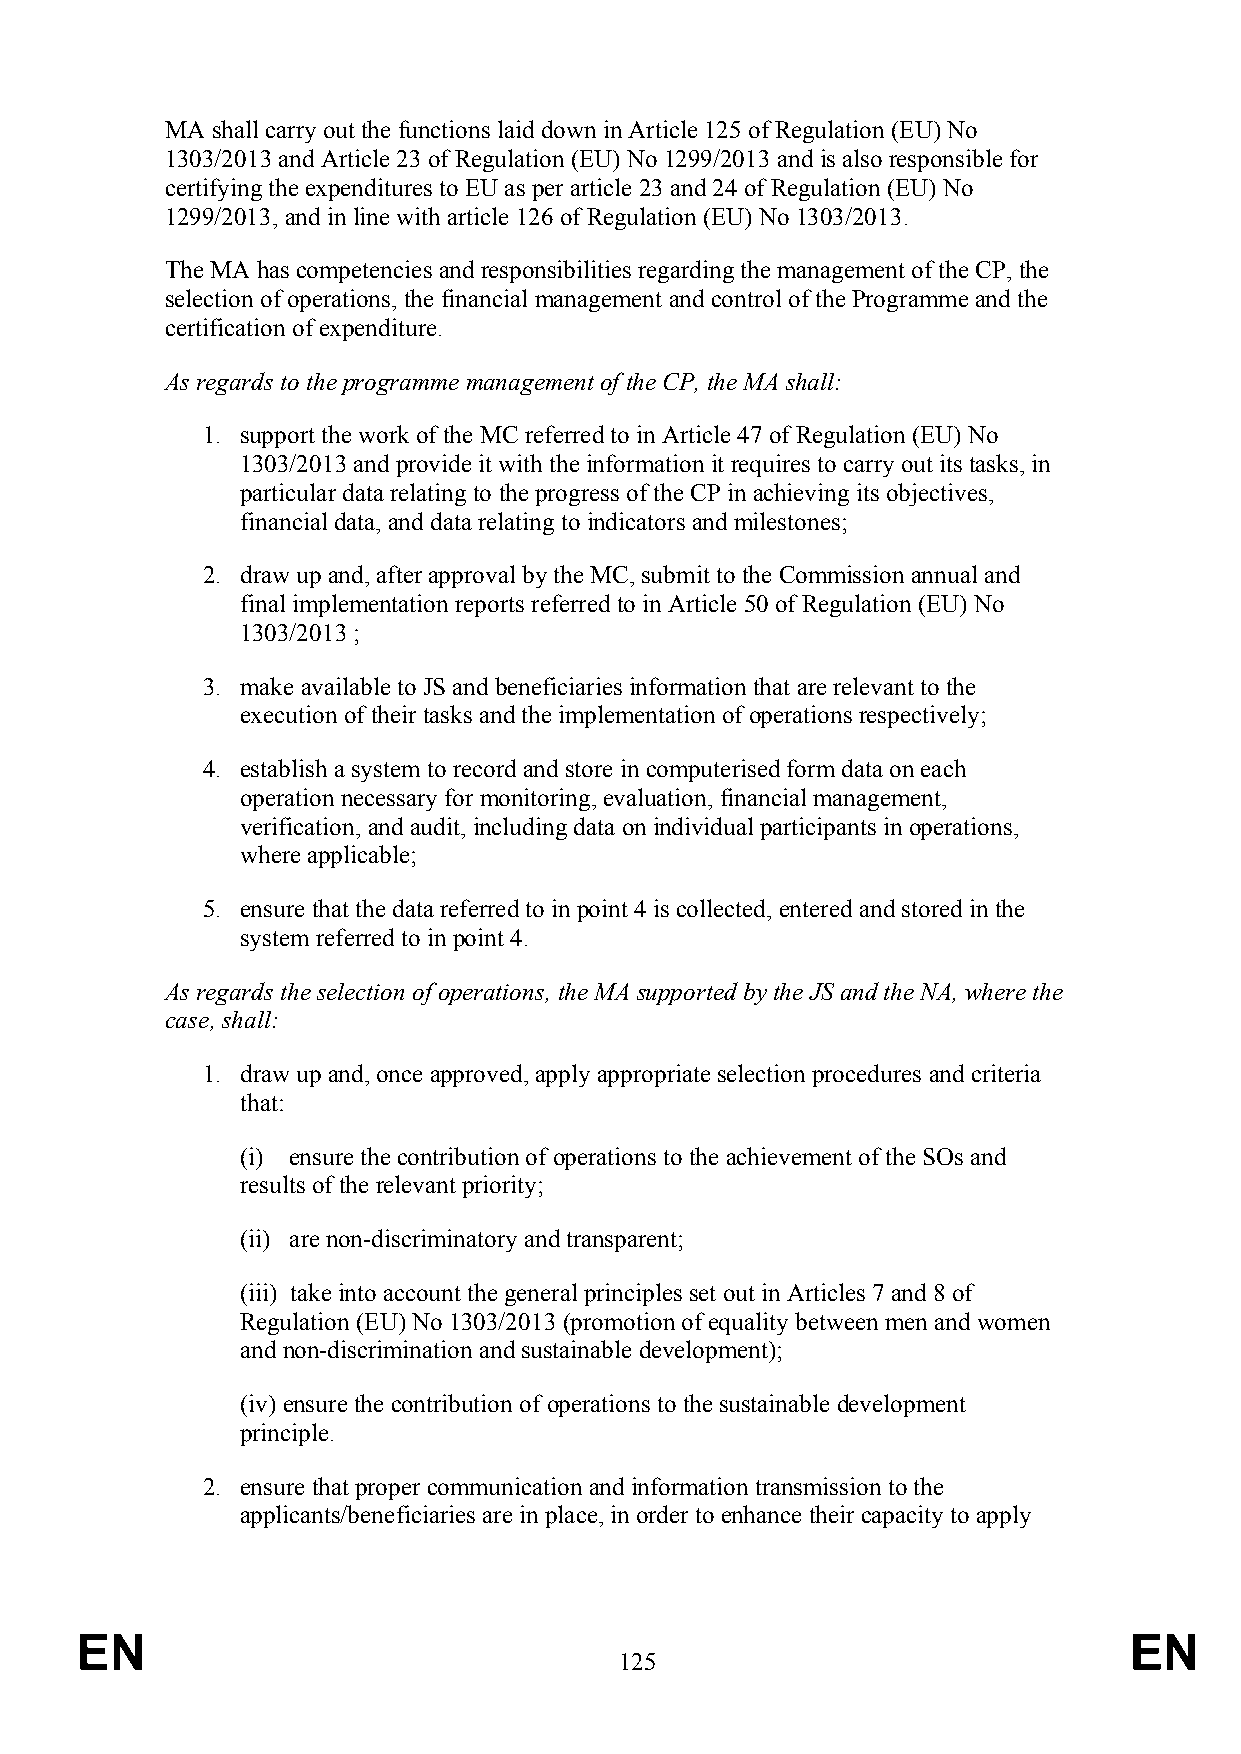
MA shall carry out the functions laid down in Article 125 of Regulation (EU) No
 1303/2013 and Article 23 of Regulation (EU) No 1299/2013 and is also responsible for
 certifying the expenditures to EU as per article 23 and 24 of Regulation (EU) No
 1299/2013, and in line with article 126 of Regulation (EU) No 1303/2013.
 The MA has competencies and responsibilities regarding the management of the CP, the
 selection of operations, the financial management and control of the Programme and the
 certification of expenditure.
 As regards to the programme management of the CP, the MA shall:
 1. support the work of the MC referred to in Article 47 of Regulation (EU) No
 1303/2013 and provide it with the information it requires to carry out its tasks, in
 particular data relating to the progress of the CP in achieving its objectives,
 financial data, and data relating to indicators and milestones;
 2. draw up and, after approval by the MC, submit to the Commission annual and
 final implementation reports referred to in Article 50 of Regulation (EU) No
 1303/2013 ;
 3. make available to JS and beneficiaries information that are relevant to the
 execution of their tasks and the implementation of operations respectively;
 4. establish a system to record and store in computerised form data on each
 operation necessary for monitoring, evaluation, financial management,
 verification, and audit, including data on individual participants in operations,
 where applicable;
 5. ensure that the data referred to in point 4 is collected, entered and stored in the
 system referred to in point 4.
 As regards the selection of operations, the MA supported by the JS and the NA, where the
 case, shall:
 1. draw up and, once approved, apply appropriate selection procedures and criteria
 that:
 (i) ensure the contribution of operations to the achievement of the SOs and
 results of the relevant priority;
 (ii) are non-discriminatory and transparent;
 (iii) take into account the general principles set out in Articles 7 and 8 of
 Regulation (EU) No 1303/2013 (promotion of equality between men and women
 and non-discrimination and sustainable development);
 (iv) ensure the contribution of operations to the sustainable development
 principle.
 2. ensure that proper communication and information transmission to the
 applicants/beneficiaries are in place, in order to enhance their capacity to apply
 EN                                                                    EN
 125